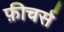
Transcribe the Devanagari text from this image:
फ़ीचर्स